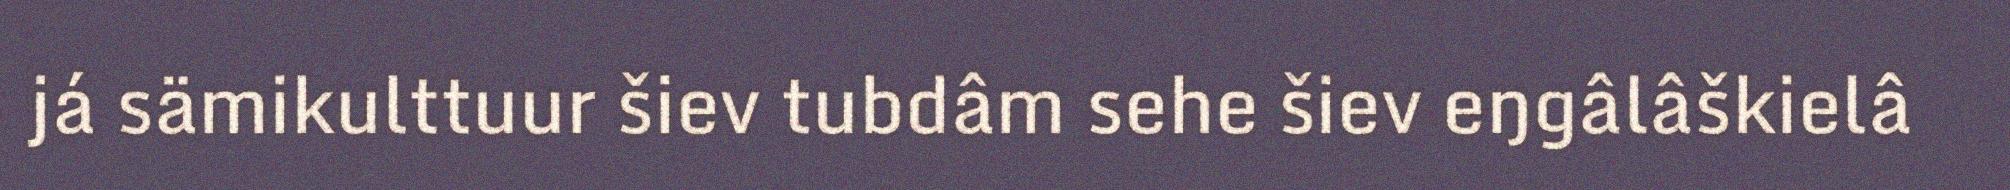
já sämikulttuur šiev tubdâm sehe šiev eŋgâlâškielâ